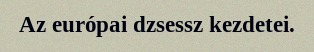
Az európai dzsessz kezdetei.